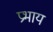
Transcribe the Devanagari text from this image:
प्रभाय